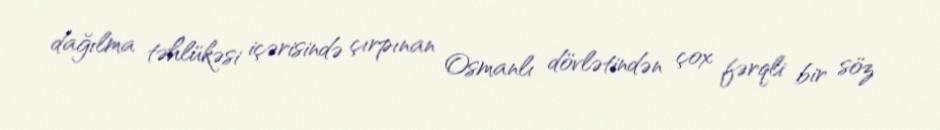
dağılma təhlükəsi içərisində çırpınan Osmanlı dövlətindən çox fərqli bir söz